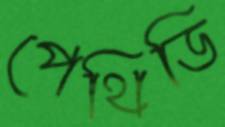
পেথিডি